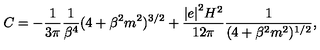
C = - \frac { 1 } { 3 \pi } \frac { 1 } { \beta ^ { 4 } } ( 4 + \beta ^ { 2 } m ^ { 2 } ) ^ { 3 / 2 } + \frac { { \vert e \vert } ^ { 2 } H ^ { 2 } } { 1 2 \pi } \frac { 1 } { ( 4 + \beta ^ { 2 } m ^ { 2 } ) ^ { 1 / 2 } } ,